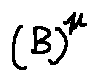
( B ) ^ { \mu }